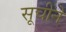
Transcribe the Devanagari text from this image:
सूचीने